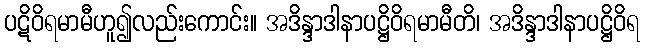
ပဋိဝိရမာမီဟူ၍လည်းကောင်း။ အဒိန္ဒာဒါနာပဋ္ဌိဝိရမာမီတိ၊ အဒိန္ဒာဒါနာပဋ္ဌိဝိရ